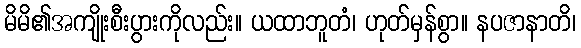
မိမိ၏အကျိုးစီးပွားကိုလည်း။ ယထာဘူတံ၊ ဟုတ်မှန်စွာ။ နပဇာနာတိ၊